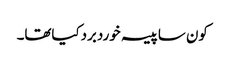
کون ساپیسہ خوردبردکیاتھا۔